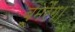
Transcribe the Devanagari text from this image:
बूमरैंग।